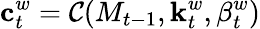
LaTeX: \mathbf{c}_{t}^{w}={\mathcal{C}}(M_{t-1},\mathbf{k}_{t}^{w},\beta_{t}^{w})